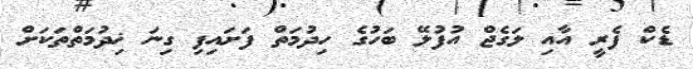
ޑެކް ފެރީ އާއި ލަގެޖް އުފުލޭ ބަހުގެ ހިދުމަތް ފަށައިފި ގިނަ ޚިދުމަތްތަކަށް